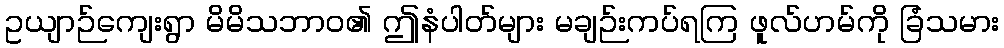
ဥယျာဉ်ကျေးရွာ မိမိသဘာဝ၏ ဤနံပါတ်များ မချဉ်းကပ်ရကြ ဖူလ်ဟမ်ကို ခြံသမား